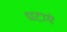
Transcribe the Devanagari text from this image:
घटायें